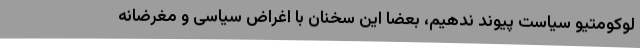
لوکومتیو سیاست پیوند ندهیم، بعضا این سخنان با اغراض سیاسی و مغرضانه